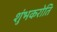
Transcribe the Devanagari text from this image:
शुंभकरोति